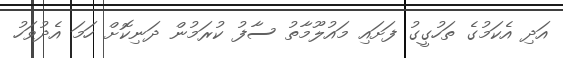
އަދި އެކަމުގެ ތަހުގީގު ފަށައި މައުލޫމާތު ސާފު ކުރަމުން ދަނިކޮށް ހަމަ އެދުވަހު